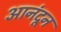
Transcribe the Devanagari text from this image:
आनंदून